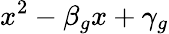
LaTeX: x^{2}-\beta_{g}x+\gamma_{g}